koduurija_Pavel_Tisler, lk 14
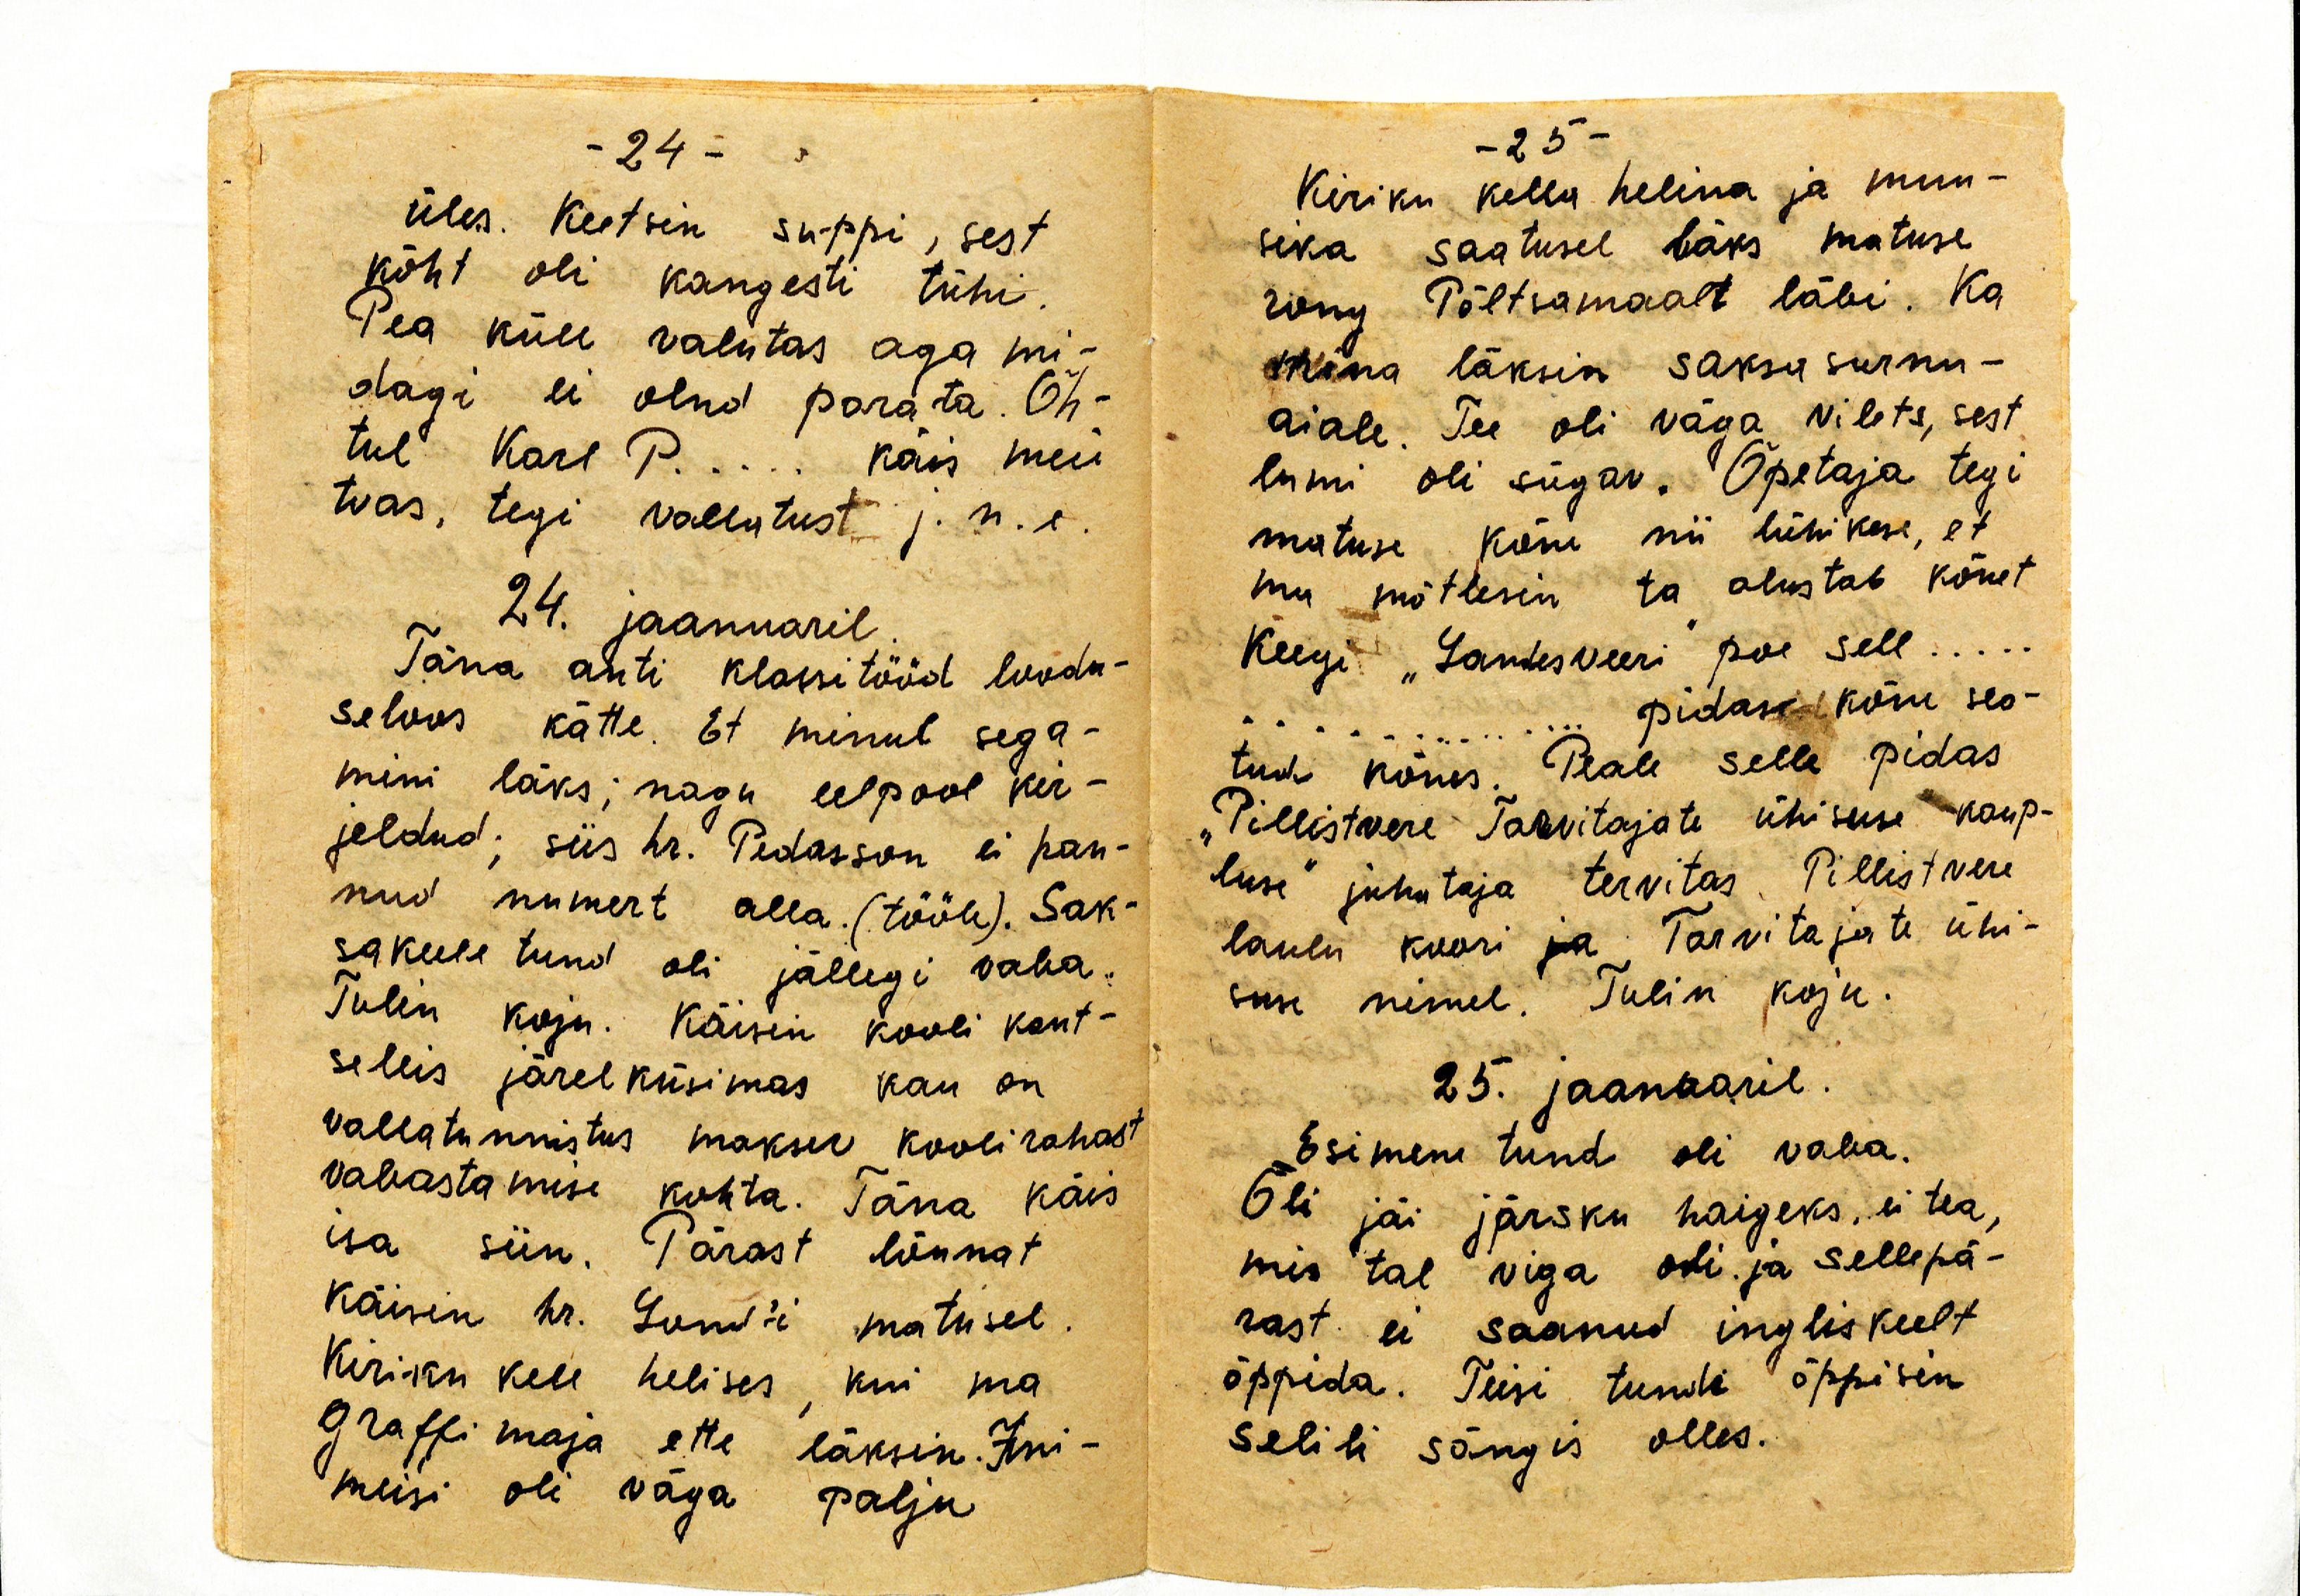
üles. Keetsin suppi, sest
kõht oli kangesti tühi.
Pea küll valutas aga mi-
dagi ei olnd parata. Õh-
tul Karl P... käis meie
toas, tegi vallutust j.n.e.
24. jaanuaril.
Täna anti klassitööd loodu-
seloos kätte. Et minul sega-
mini läks; nagu eelpool kir-
jeldud; siis hr. Pedasson ei pan-
nud numert alla (tööle). Sak-
sakeele tund oli jällegi vaba.
Tulin koju. Käisin kooli kant-
seleis järelküsimas kas on
vallatunnistus maksu koolirahast
vabastamise kohta. Täna käis
isa siin. Pärast lõunat
käisin hr. Lund'i matusel.
Kiriku kell helises, kui ma
Graffi maja ette läksin. Ini-
mesi oli väga palju

Kiriku kella helina ja muu-
sika saatusel läks matuse
rong Põltsamaalt läbi. Ka
mina läksin saksa surnu-
aiale. Tee oli väga vilets, sest
lumi oli sügav. Õpetaja tegi
matuse kõne nii lühikese, et
ma ma mõtlesin ta alustab kõnet.
Keegi "Landesveeri" poe sell...
pidas kõne seo-
tud kõnes. Peale selle pidas
"Pillistvere Tarvitajate ühisuse kaup-
luse" juhataja tervitas Pillistvere
laulu koori ja Tarvitajate ühi-
suse nimel. Tulin koju.
25. jaanuaril.
Esimene tund oli vaba.
Bli jäi järski haigeks, ei tea,
mis tal viga oli ja sellepä-
rast ei saanud inglisekeelt
õppida. Teisi tundi õppisin
selili sängis olles.